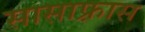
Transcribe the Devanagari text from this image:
सासाफ़्रास